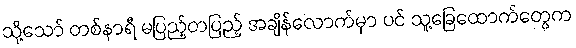
သို့သော် တစ်နာရီ မပြည့်တပြည့် အချိန်လောက်မှာ ပင် သူ့ခြေထောက်တွေက